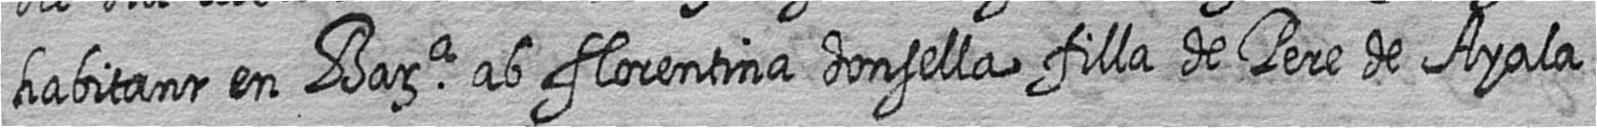
habitant en Bara ab florentina donsella filla de Pere de Ayala